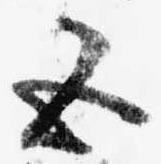
五